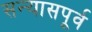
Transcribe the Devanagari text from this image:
सन्यासपूर्व